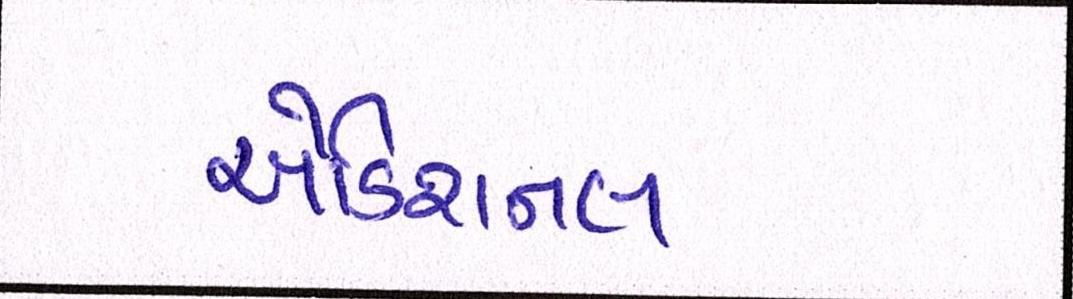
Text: એડિશનલ